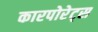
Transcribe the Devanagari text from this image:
कारपोरेट्स